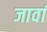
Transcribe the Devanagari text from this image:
जावां